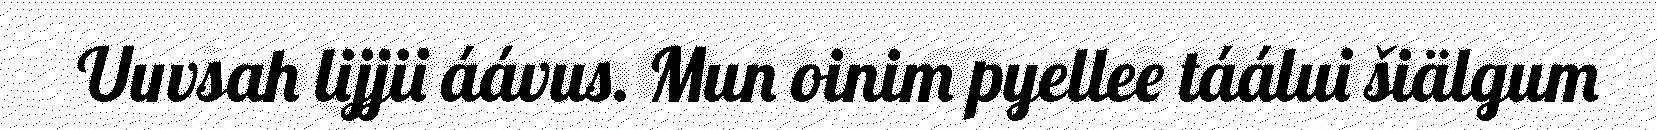
Uuvsah lijjii áávus. Mun oinim pyellee táálui šiälgum